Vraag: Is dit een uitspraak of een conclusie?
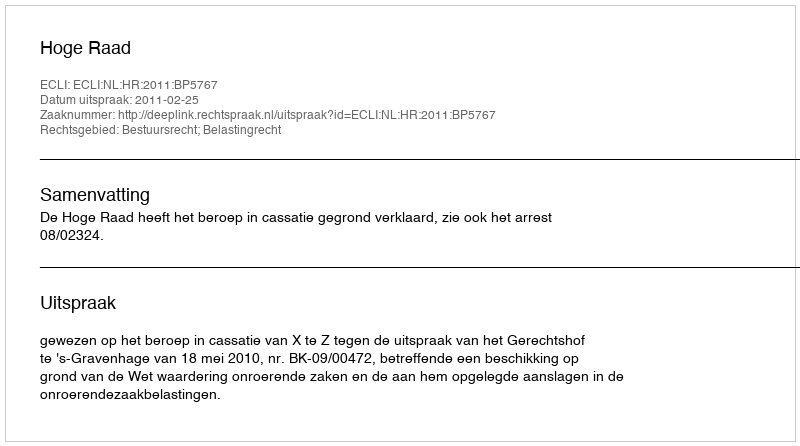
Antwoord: Uitspraak